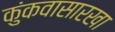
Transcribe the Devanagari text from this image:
कुंकवासारखा